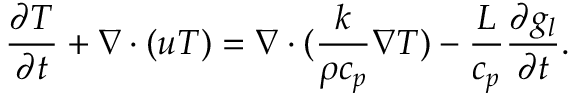
\frac { \partial T } { \partial t } + \nabla \cdot \left( \boldsymbol { u } T \right) = \nabla \cdot ( \frac { k } { \rho c _ { p } } \nabla T ) - \frac { L } { c _ { p } } \frac { \partial g _ { l } } { \partial t } .